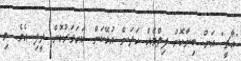
"އާޗީ" އަށް ބިނާކޮށް ފިލްމެއް ހަދަން އުޅޭކަން ކަށަވަރުކޮށް ދީފި އެވެ. މި